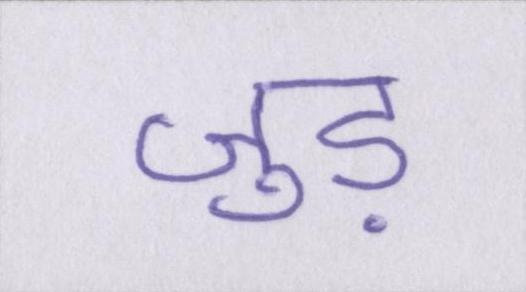
जुड़